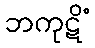
ဘကုဋိံ